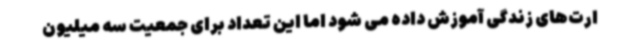
ارت‌های زندگی آموزش داده می شود اما این تعداد برای جمعیت سه میلیون